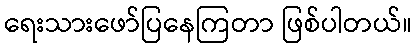
ရေးသားဖော်ပြနေကြတာ ဖြစ်ပါတယ်။